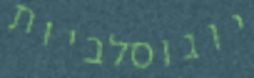
יוגוסלביות